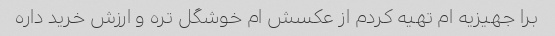
برا جهیزیه ام تهیه کردم از عکسش ام خوشگل تره و ارزش خرید داره